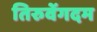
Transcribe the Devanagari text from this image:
तिरुवेंगदम